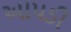
આપડી